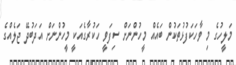
މަލީހުގެ މި ވާހަކަފުޅުތަކުން ބައެއް މީހުންނަށް ސިފަވީ ހަކުރާގެއަކީ މީހުންނަށް އަދަބުދޭ ޖަލެއްގެ